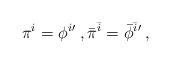
LaTeX: \begin{align*}\pi^{i} = \phi^{i}{'}\:, \bar{\pi}^{\bar{i}} = \bar{\phi}^{\bar{i}}{'}\:,\end{align*}